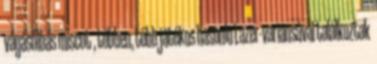
vágáshibás miscut , többen, több játékos hasonló Lazer-variánsával találkoztak